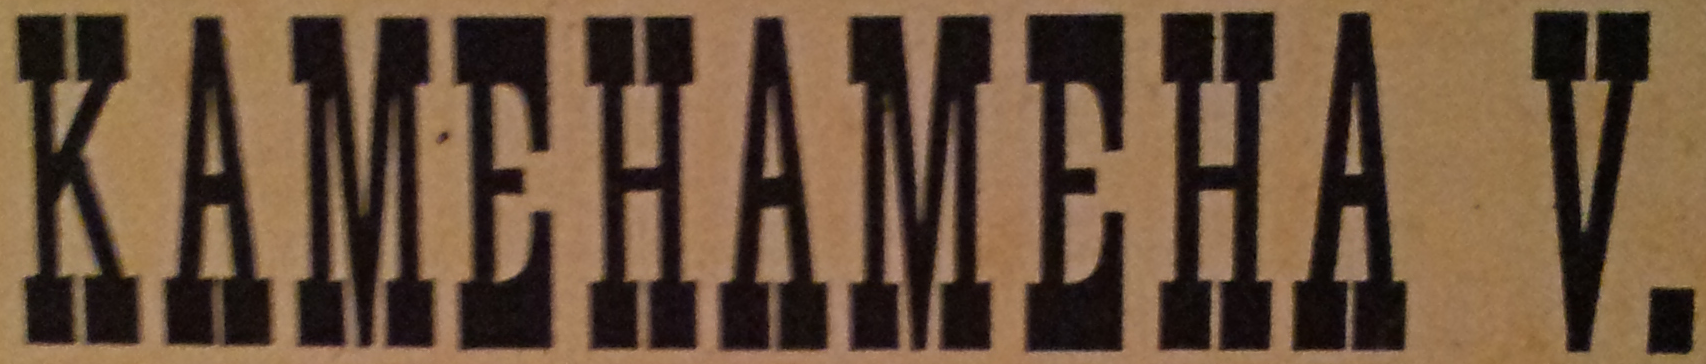
KAMEHAMEHA V.